Civil Veterinary Department. Central Provinces & Berar 1932-41 - 1932-1941
Year: 1932
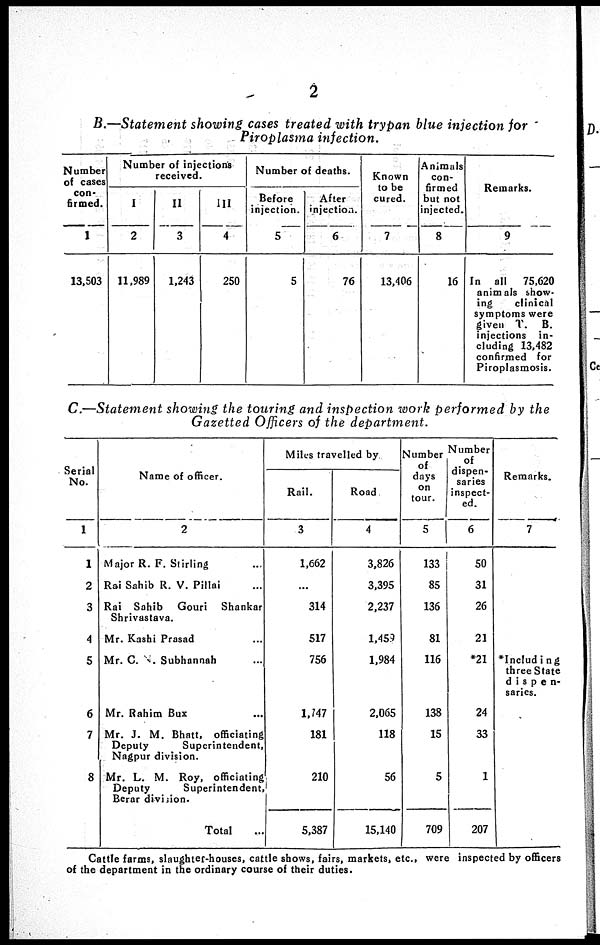
2
B.—Statement showing cases treated with trypan blue injection for
Piroplasma infection.
Number
of cases
con-
firmed.
1
13,503
Number of injections
received.
I
2
11,989
II
3
1,243
III
4
250
Number of deaths.
Before
injection.
5
5
After
injection.
6
76
Known
to be
cured.
7
13,406
Animals
con-
firmed
but not
injected.
8
16
Remarks.
9
In all
75,620
animals show-
ing
clinical
symptoms were
given T. B.
injections in-
cluding 13,482
confirmed for
Piroplasmosis.
C.—Statement showing the touring and inspection work performed by the
Gazetted Officers of the department.
Serial
No.
1
1
2
3
4
5
6
7
8
Name of officer.
2
Major R. F. Stirling...
Rai Sahib R. V. Pillai ...
Rai Sahib Gouri
Shankar
Shrivastava.
Mr. Kashi Prasad ...
Mr. C. N. Subhannah ...
Mr. Rahim Bux ...
Mr. J. M. Bhatt, officiating
Deputy
Superintendent,
Nagpur division.
Mr. L. M. Roy, officiating
Deputy
Superintendent,
Berar divsion.
Total ...
Miles travelled by.
Rail.
3
1,662
...
314
517
756
1,747
181
210
5,387
Road.
4
3,826
3,395
2,237
1,459
1,984
2,065
118
56
15,140
Number
of
days
on
tour.
5
133
85
136
81
116
138
15
5
709
Number
of
dispen-
saries
inspect-
ed.
6
50
31
26
21
*21
24
33
1
207
Remarks.
7
*Including
three State
dispen-
saries.
Cattle farms, slaughter-houses, cattle shows, fairs, markets, etc., were inspected by officers
of the department in the ordinary course of their duties.